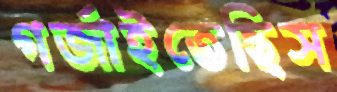
গর্জাইতেছিস